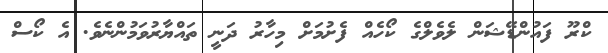
ކްރޫ ފައުންޑޭޝަން ލެވެލްގެ ކޯހެެއް ފެށުމަށް މިހާރު ދަނީ ތައްޔާރުވަމުންނެވެ. އެ ކޯސް